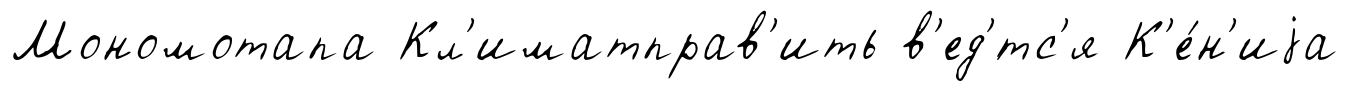
Мономотапа Кл'иматправ'ить в'ед'́тс'я К'е́н'иjа